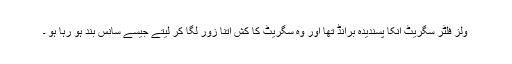
ولز فلٹر سگریٹ انکا پسندیدہ برانڈ تھا اور وہ سگریٹ کا کش اتنا زور لگا کر لیتے جیسے سانس بند ہو رہا ہو ۔